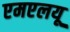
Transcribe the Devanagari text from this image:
एमएलयू